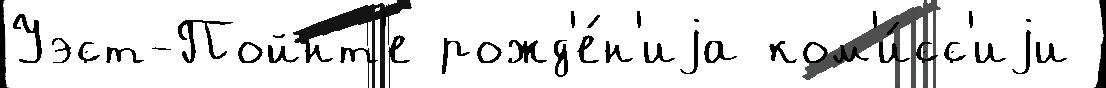
Уэст-Пойнт'е рожд'е́н'иjа ком'и́сс'иjи